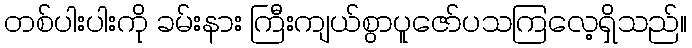
တစ်ပါးပါးကို ခမ်းနား ကြီးကျယ်စွာပူဇော်ပသကြလေ့ရှိသည်။